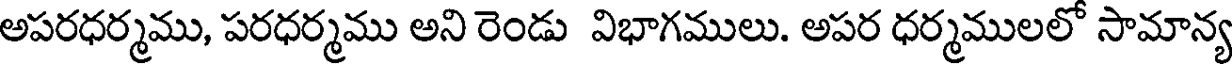
అపరధర్మము, పరధర్మము అని రెండు విభాగములు. అపర ధర్మములలో సామాన్య